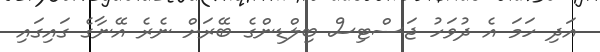
އަދި ހަމަ އެ ދުވަހު ޖަސްޓިސް ބިލްޑިންގެ ބޭރަށް ނެރެ އޭނާގެ ގައިގައި